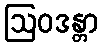
ဩဝဒန္တာ